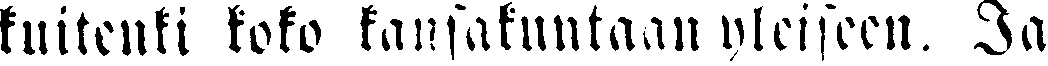
kuitenki koko kansakuntaan yleiseen. Ja